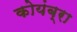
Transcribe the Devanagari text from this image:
कोयंब्रा